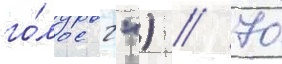
го́лос 2") // 70